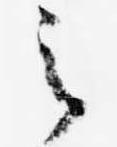
之